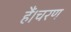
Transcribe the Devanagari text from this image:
हैं।चरण